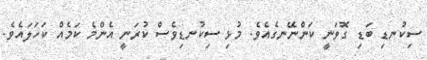
ސިކުނޑި ބަޑި ގޮވަނީ ކަންނޭނގެއެވެ. މުޅި ސިކުނޑިވެސް ކުރަނީ އެންމެ ކަމެއް ކަހަލައެވެ.